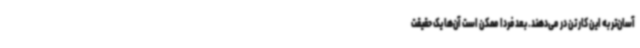
آسان‌تر به این کار تن در می‌دهند. بعد فردا ممکن است آن‌ها یک حقیقت